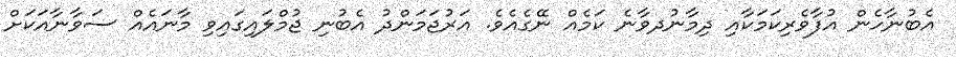
އެބުނާހެން އުފާވެރިކަމަކާއި ދިމާނުދވާނެ ކަމެއް ނޭގެއެވެ. އަރުޖަމަންދު އެބުނި ޖުމްލައިގައިވި މާނައެއް ސަވާނާއަކަށް